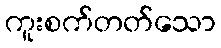
ကူးစက်တတ်သော